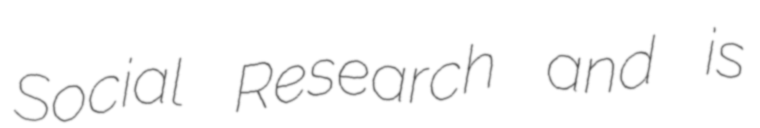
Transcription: Social Research and is